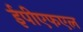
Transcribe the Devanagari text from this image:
ईपीएफएल